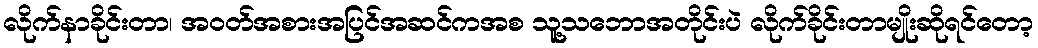
လိုက်နာခိုင်းတာ၊ အဝတ်အစားအပြင်အဆင်ကအစ သူ့သဘောအတိုင်းပဲ လိုက်ခိုင်းတာမျိုးဆိုရင်တော့